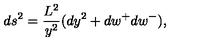
d s ^ { 2 } = \frac { L ^ { 2 } } { y ^ { 2 } } ( d y ^ { 2 } + d w ^ { + } d w ^ { - } ) ,